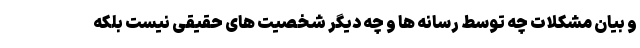
و بیان مشکلات چه توسط رسانه ها و چه دیگر شخصیت های حقیقی نیست بلکه